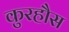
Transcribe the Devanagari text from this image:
कुरहौस